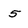
Character: 5